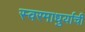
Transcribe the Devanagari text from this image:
स्वरमाधुर्याची